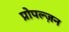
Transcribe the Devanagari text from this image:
प्रोपल्ज़न